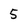
Character: 5